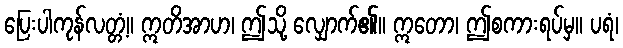
ပြေးပါကုန်လတ္တံ့။ ဣတိအာဟ၊ ဤသို့ လျှောက်၏။ ဣတော၊ ဤစကားရပ်မှ။ ပရံ၊